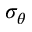
\sigma _ { \theta }